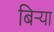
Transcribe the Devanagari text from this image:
बिर्‍या